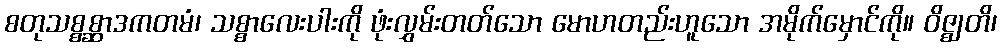
စတုသစ္စစ္ဆာဒကတမံ၊ သစ္စာလေးပါးကို ဖုံးလွှမ်းတတ်သော မောဟတည်းဟူသော အမိုက်မှောင်ကို။ ဝိဇ္ဈတိ၊